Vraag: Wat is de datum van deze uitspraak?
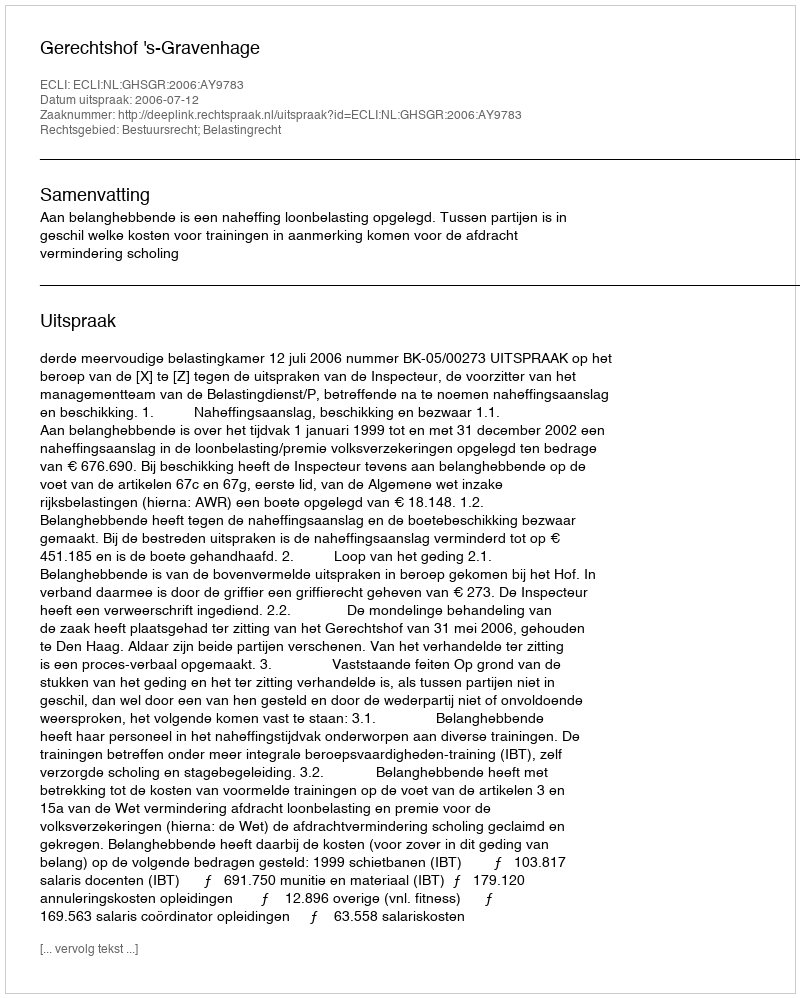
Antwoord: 2006-07-12